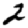
Digit: 2